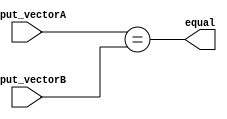
module parallel_comparator (
  input [7:0] input_vectorA,
  input [7:0] input_vectorB,
  output equal
);

assign equal = (input_vectorA == input_vectorB);

endmodule